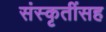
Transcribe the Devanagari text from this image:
संस्कृतींसह